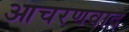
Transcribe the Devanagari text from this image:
आचरणवाद